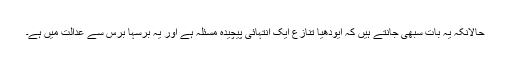
حالانکہ یہ بات سبھی جانتے ہیں کہ ایودھیا تنازع ایک انتہائی پیچیدہ مسئلہ ہے اور یہ برسہا برس سے عدالت میں ہے۔